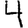
Digit: 4